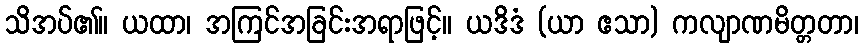
သိအပ်၏။ ယထာ၊ အကြင်အခြင်းအရာဖြင့်။ ယဒိဒံ (ယာ ဧသာ) ကလျာဏမိတ္တတာ၊